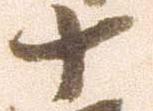
十